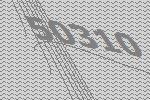
50310